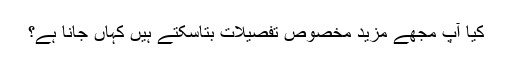
کیا آپ مجھے مزید مخصوص تفصیلات بتاسکتے ہیں کہاں جانا ہے؟